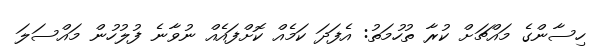
ހިސާންގެ މައްޗަށް ކުރާ ތުހުމަތު: އެފަދަ ކަމެއް ކޮށްފައެއް ނުވާނެ ފުލުހުން މައްސަލަ